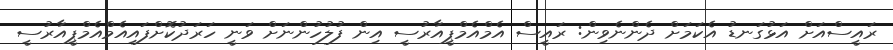
ރައީސްއަށް އަޅުގަނޑު އެކަމަށް ދެންނެވިން: ރައީސް އެމްއެމްޕީއާރުސީ އިން ފުލުހުންނަށް ވަނީ ހަރަދުކޮށްފައިއެމްއެމްޕީއާރުސީ